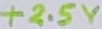
Text: +2.5V